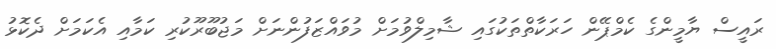
ރައީސް ޔާމީންގެ ކެމްޕޭން ހަރަކާތްތަކުގައި ޝާމިލްވުމަށް މުވައްޒަފުންނަށް މަޖުބޫރޫކުރި ކަމާއި އެކަމަށް ދެކޮޅު